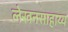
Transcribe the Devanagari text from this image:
लेखनसाहाय्य